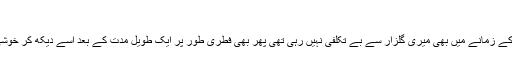
حالانکہ
اسکو ل کے زمانے میں بھی میری گلزار سے بے تکلفی نہیں رہی تھی پھر بھی فطری طور پر ایک طویل مدت کے بعد اسے دیکھ کر خوشی ہوئی ۔